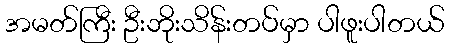
အမတ်ကြီး ဦးဘိုးသိန်းတပ်မှာ ပါဖူးပါတယ်